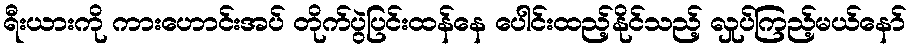
ရီးယားကို ကားဟောင်းအပ် တိုက်ပွဲပြင်းထန်နေ ပေါင်းထည့်နိုင်သည့် လှုပ်ကြည့်မယ်နော်